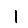
Digit: 1